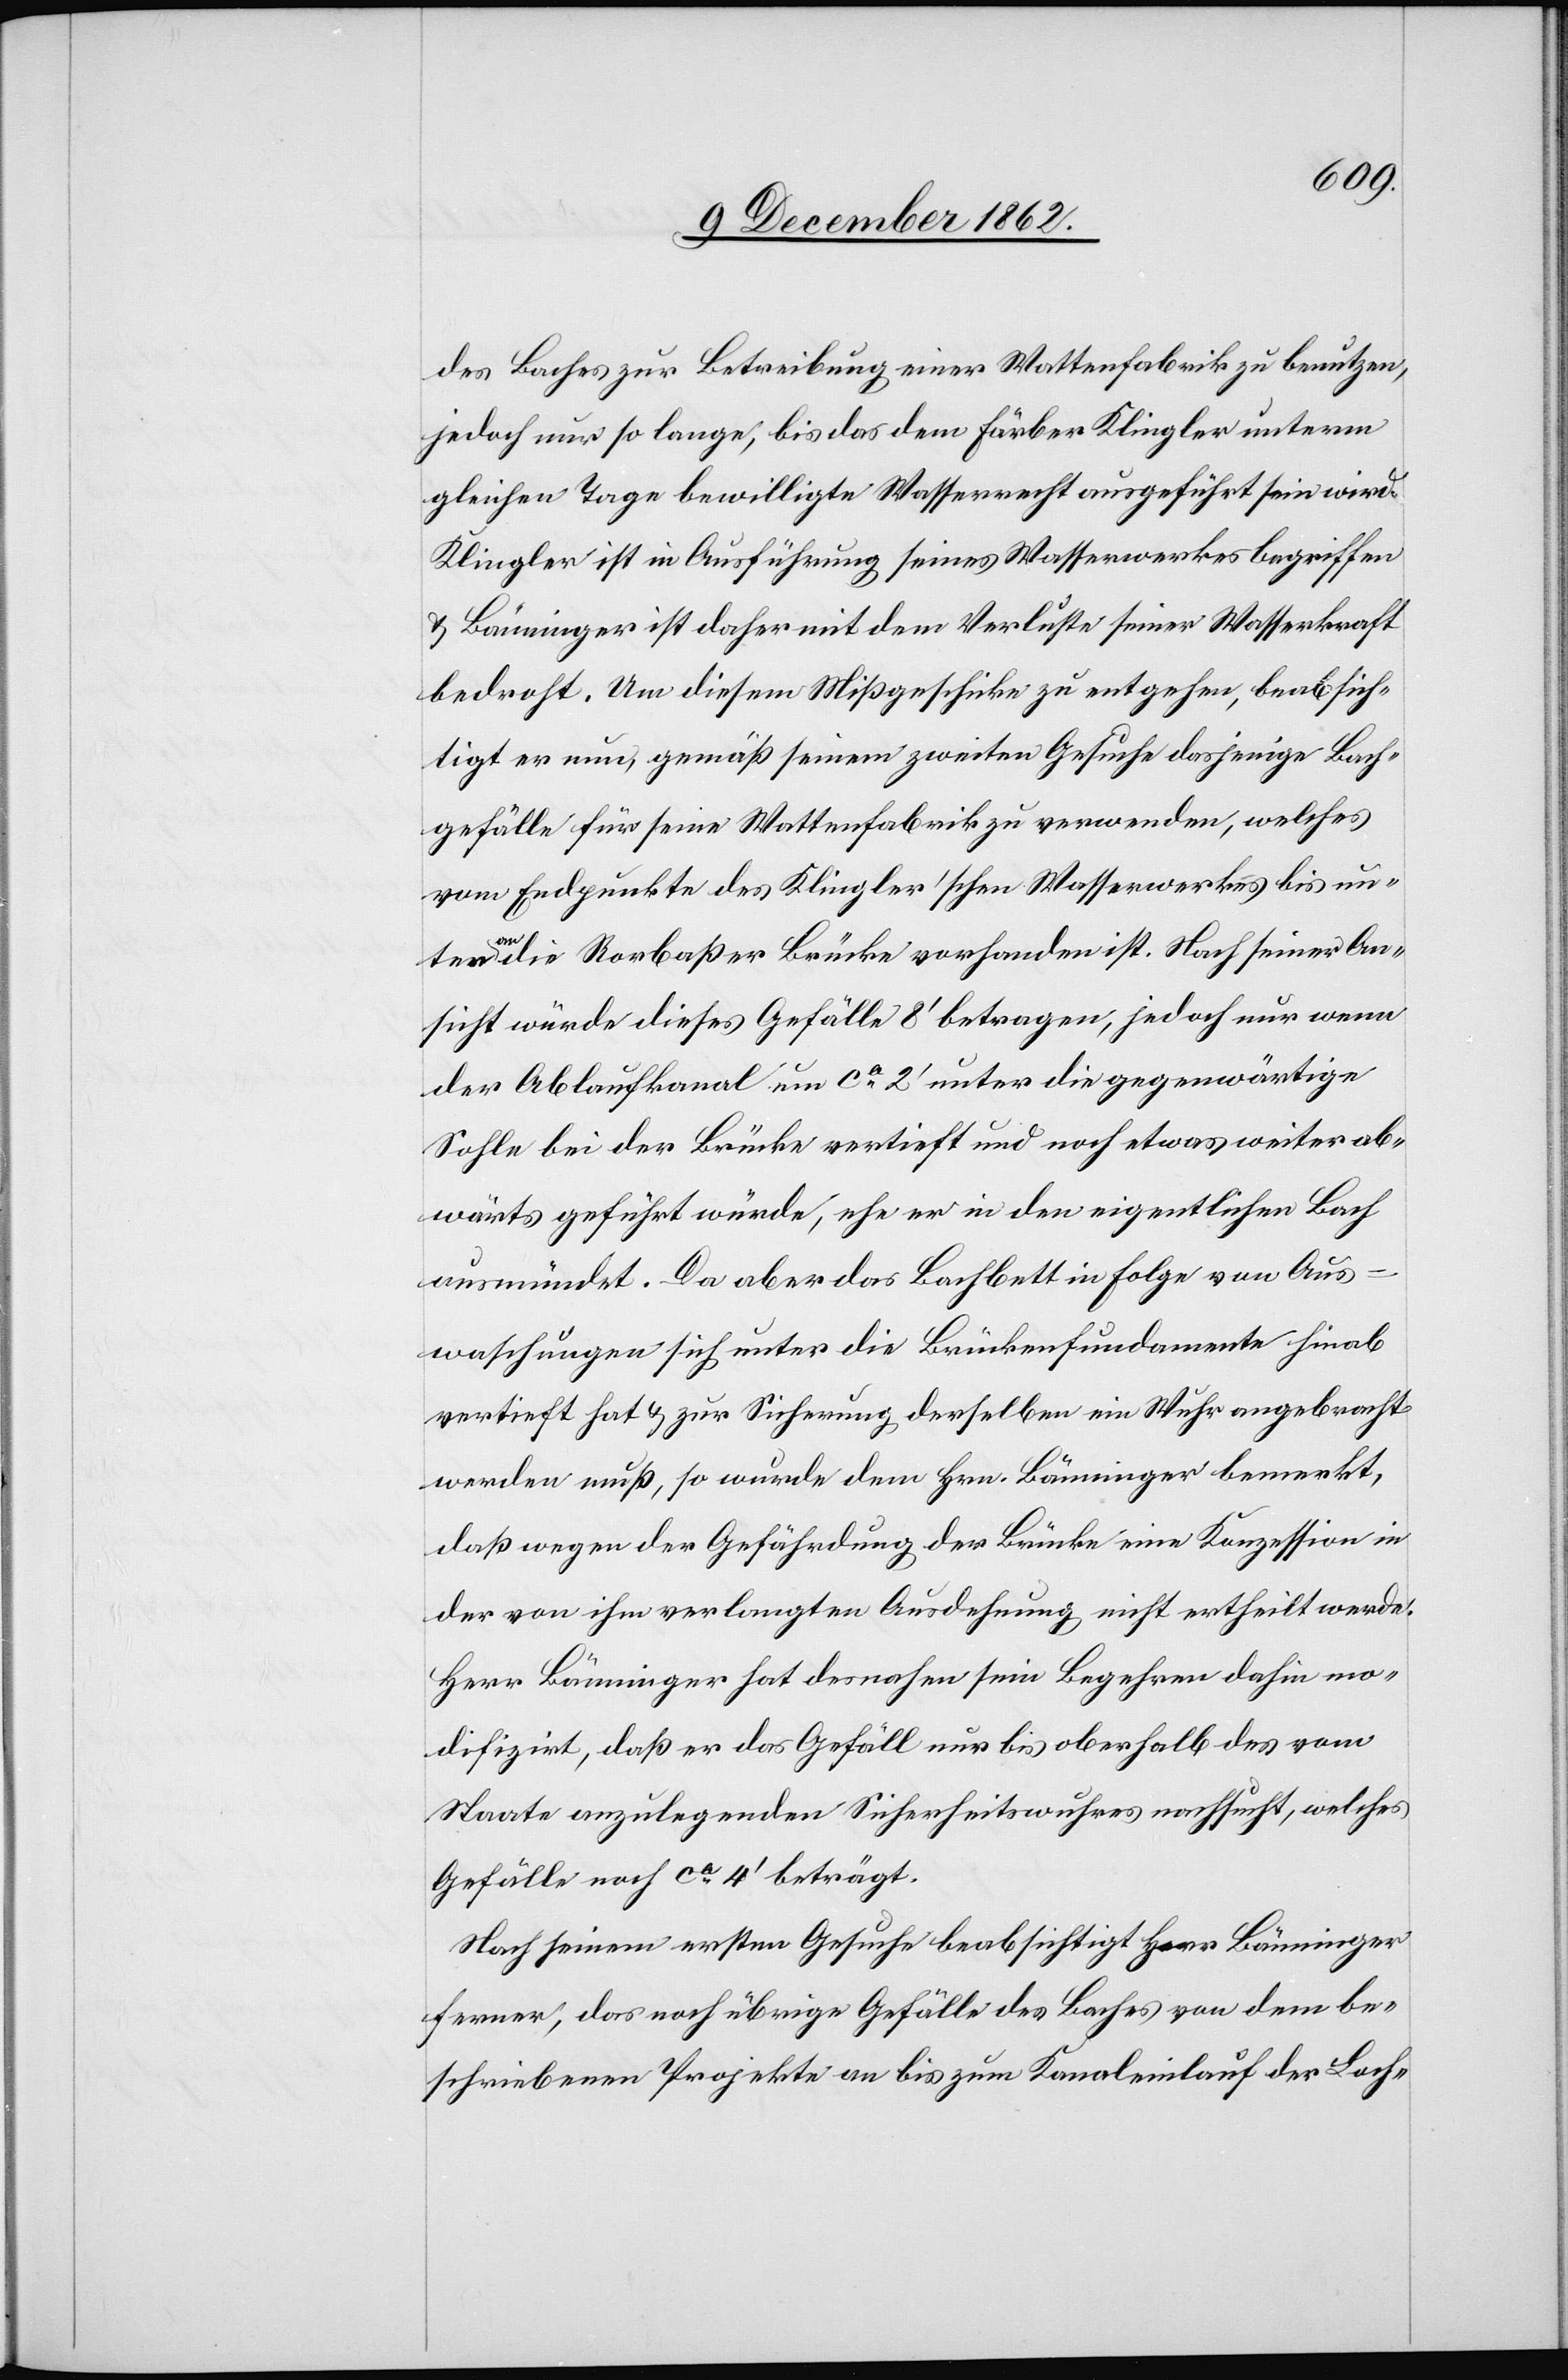
des Baches zur Betreibung einer Wattenfabrik zu benutzen,
jedoch nur so lange, bis das dem Färber Klingler unterm
gleichen Tage bewilligte Wasserrecht ausgeführt sein wird.
Klinger ist in Ausführung seines Wasserwerkes begriffen
u. Bänninger ist daher mit dem Verluste seiner Wasserkraft
bedroht. Um diesem Mißgeschicke zu entgehen, beabsich¬
tigt er nun, gemäß seinem zweiten Gesuche dasjenige Bach¬
gefälle für seine Wattenfabrik zu verwenden, welches
vom Endpunkte des Klingler’schen Wasserwerkes bis un¬
ten an die Rorbaßer Brücke vorhanden ist. Nach seiner An¬
sicht würde dieses Gefälle 8’ betragen, jedoch nur wenn
der Ablaufkanal um ca 2’ unter die gegenwärtige
Sohle bei der Brücke vertieft und noch etwas weiter ab¬
wärts geführt würde, ehe er in den eigentlichen Bach
ausmündet. Da aber das Bachbett in Folge von Aus¬
waschungen sich unter die Brückenfundamente hinab
vertieft hat u. zur Sicherung derselben ein Wuhr angebracht
werden muß, so wurde dem Hrn. Bänninger bemerkt,
daß wegen der Gefährdung der Brücke eine Konzession in
der von ihm verlangten Ausdehnung nicht ertheilt werde.
Herr Bänninger hat desnahen sein Begehren dahin mo¬
difizirt, daß er das Gefäll nur bis oberhalb des vom
Staate anzulegenden Sicherheitswuhres nachsucht, welches
Gefälle noch ca 4’ beträgt.
Nach seinem ersten Gesuche beabsichtigt Herr Bänninger
ferner, das noch übrige Gefälle des Baches von dem be¬
schriebenen Projekte an bis zum Kanaleinlauf der Loch-